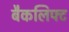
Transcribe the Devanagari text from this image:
बैकलिफ्ट